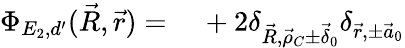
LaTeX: \begin{array}{rl}{\Phi_{E_{2},d^{\prime}}(\vec{R},\vec{r})=\, }&{{}+2\delta_{\vec{R},\vec{\rho}_{C}\pm\vec{\delta}_{0}}\delta_{\vec{r},\pm\vec{a}_{0}}}\end{array}